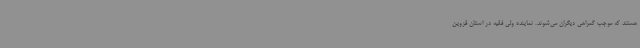
هستند که موجب گمراهی دیگران می‌شوند. نماینده ولی فقیه در استان قزوین